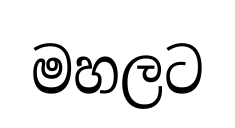
මහලට